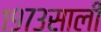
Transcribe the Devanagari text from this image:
१९७३साली